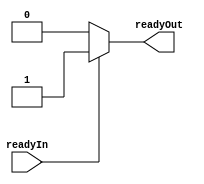




//`define DEBUG_VALID

`ifdef DEBUG_VALID
`define valid_data_or_x( valid, data ) ( (valid)?(data) : 'z )
`else
`define valid_data_or_x( valid, data ) ( data )
`endif


module priority_arb #( parameter integer N = 1 ) (
      input [N-1:0] readyIn
    , output [N-1:0] readyOut
);

reg [N-1:0] s;
integer i;
reg done;
always @(*) begin
    s = 0;
    done = 0;
    for ( i=0; i < N ; i=i+1 ) begin
        if ( readyIn[i] && !done ) begin
            s = 1 << i;
            done = 1;
        end
    end
end

assign readyOut = s;

endmodule

module sequencer #( parameter integer N = 0, parameter [N-1:0] sticky = 0 ) (
      input      [N-1:0] readyIn
    , output reg [N-1:0] readyOut

    , input clk
    , input resetn
);

reg [     N-1 : 0] outs;

parameter Nbits = $clog2( N );
reg [ Nbits-1 : 0] state;      // state
reg [ Nbits-1 : 0] state1;     // combinatorial
reg [ Nbits-1 : 0] state_next; // combinatorial - next state

/*
always @(*) begin
    assert( state      < N );
    assert( state1     < N );
    assert( state_next < N );
end
*/

integer i;
reg done;
always @(*) begin
    state1 = state;

    // state outputs, default to 0
    outs = 0;
    done = 0;
    for( i = 0; i < N; i = i + 1 ) begin
        if ( !done && ( i == state1 ) ) begin
            outs[i] = 1;
            if ( readyIn[i] ) begin
                state1 = ( i+1 < N ) ? i+1 : 0;
                end
            if ( sticky[i] ) done = 1; // don't allow going to next state combinatoritally
        end
    end
    
    // assign this at end to minimize zero delay events on the outputs
    readyOut = outs;
    state_next = state1;
end

always @(posedge clk  ) begin
    if ( !resetn ) state <= 0;
    else           state <= state_next;
end

endmodule

module one_hot_mux #( parameter integer Ninputs = 0, parameter integer Nbits = 1 ) (
      input [ Ninputs*Nbits -1 : 0 ] ins
    , input [ Ninputs       -1 : 0 ] select
    , output reg [ Nbits-1 : 0 ] out
);

reg [ Nbits-1 : 0 ] out1;
reg [ Nbits-1 : 0 ] tmp;

integer i;

always @(*) begin

/*
    out1 = {Nbits{1'b1}};
    for( i =0; i< Ninputs; i=i+1 ) begin
        tmp = ins >> ( Nbits * i );
        if ( select[i] ) begin
            out1 = out1 & tmp;
        end
    end
*/
    out1 = 0;
    for( i =0; i< Ninputs; i=i+1 ) begin
        tmp = ins >> ( Nbits * i );
        out1 = out1 | ( select[i] ? tmp : 0 );
    end




    out = out1;
end

endmodule

module register #( parameter Nbits = 1 ) (
      input  [ Nbits-1:0 ] in
    , input                enable
    , output reg [ Nbits-1:0 ] out

    , input                clk
);

always @(posedge clk) begin
    if ( enable ) out <= in;
end

endmodule

module register_resetable #( parameter Nbits = 1 ) (
      input  [ Nbits-1:0 ] in
    , input                enable
    , output reg [ Nbits-1:0 ] out

    , input                clk
    , input                 resetn
);

always @(posedge clk ) begin
    if (!resetn) out <= 0;  // TODO parameterize this
    else if ( enable ) out <= in;
end

endmodule


module pipeline #( parameter Nbits = 1, parameter Nstages = 1 ) (
      input [ Nbits-1:0] in
    , output [ Nbits-1:0 ] out
    , input clk
);

wire [ Nbits-1:0 ] reg_outs [ Nstages-1:0 ];

genvar i;
// generate
for ( i=0; i< Nstages ; i=i+1 ) begin
    register #(Nbits) r( .in( i==0 ? in : reg_outs[ (i==0) ? 0 : (i-1) ] ), .out( reg_outs[i] ), .enable(1'b1), .clk(clk) );
end
// endgenerate

    assign out = (Nstages ==0) ? in : reg_outs[ Nstages==0 ? 0 : ( Nstages-1 ) ];

endmodule

module pipeline_resetable #( parameter Nbits = 1, parameter Nstages = 1 ) (
      input [ Nbits-1:0] in
    , output [ Nbits-1:0 ] out
    , input clk
    , input resetn
);

wire [ Nbits-1:0 ] reg_outs [ Nstages-1:0 ];

genvar i;
// generate
for ( i=0; i< Nstages ; i=i+1 ) begin
    register_resetable #(Nbits) r( 
          .in( i==0 ? in : reg_outs[ (i==0) ? 0 : (i-1) ] )
        , .out( reg_outs[i] )
        , .enable(1'b1)
        , .clk(clk) 
        , .resetn( resetn )
        );
end
// endgenerate

    assign out = (Nstages ==0) ? in : reg_outs[ Nstages==0 ? 0 : ( Nstages-1 ) ];

endmodule